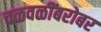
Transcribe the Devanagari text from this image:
चळवळींबरोबर